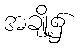
အချို့၌